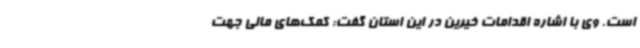
است. وی با اشاره اقدامات خیرین در این استان گفت: کمک‌های مالی جهت